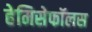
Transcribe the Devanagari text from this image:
हेमिसेफॉलस